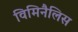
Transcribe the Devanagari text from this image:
विमिनैलिस